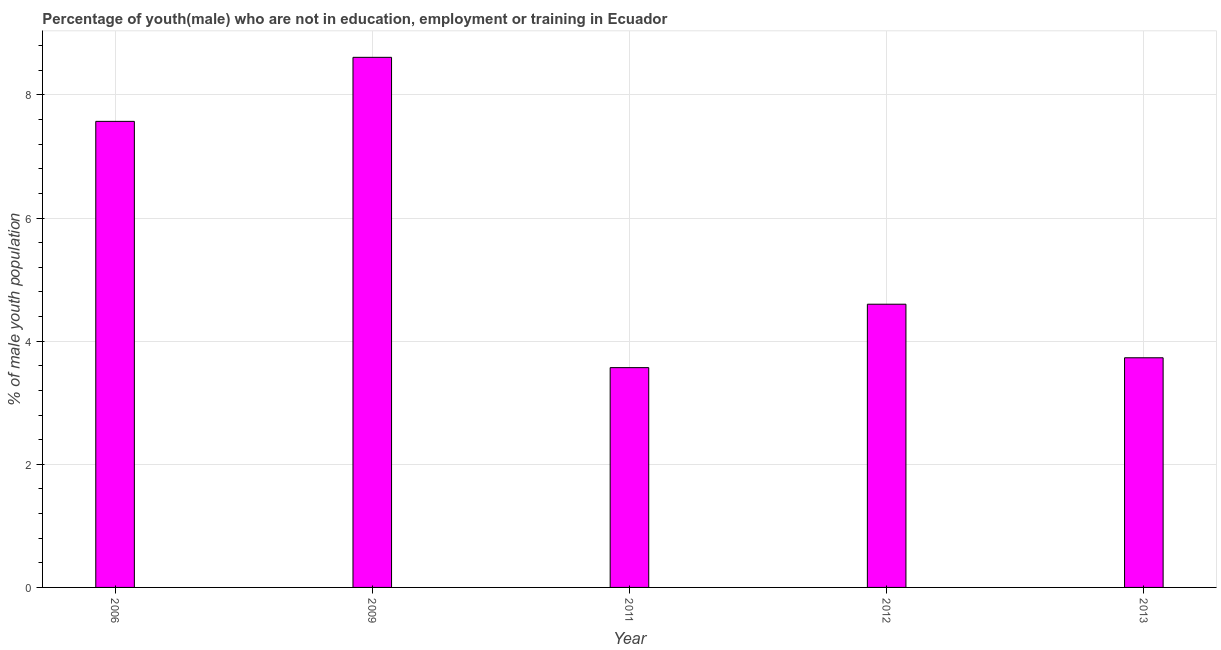
| Year | Unemployed(male) |
 | --- | --- |
 | 2006 | 7.57 |
 | 2009 | 8.61 |
 | 2011 | 3.57 |
 | 2012 | 4.6 |
 | 2013 | 3.73 |